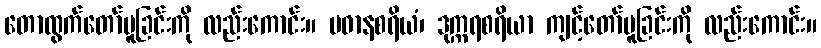
တောထွက်တော်မူခြင်းကို လည်းကောင်း။ ပဓာနစရိယံ၊ ဒုက္ကရစရိယာ ကျင့်တော်မူခြင်းကို လည်းကောင်း။